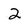
Character: 2